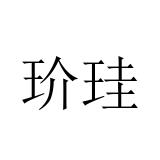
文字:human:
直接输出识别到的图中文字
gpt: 玠珪